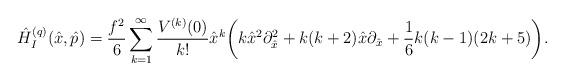
LaTeX: \begin{align*}\hat H^{(q)}_I(\hat x,\hat p)=\frac{f^2}{6}\sum_{k=1}^\infty \frac{V^{(k)}(0)}{k!}\hat x^k\biggl(k \hat x^2 \partial^2_{\hat x} + k(k+2) \hat x \partial_{\hat x}+\frac{1}{6}k(k-1)(2k+5)\biggr).\end{align*}